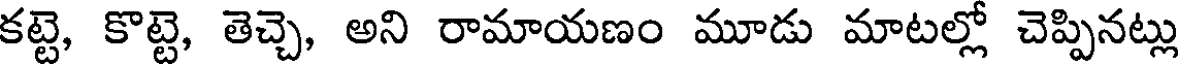
కట్టె, కొట్టె, తెచ్చె, అని రామాయణం మూడు మాటల్లో చెప్పినట్లు